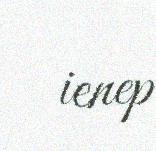
ienep